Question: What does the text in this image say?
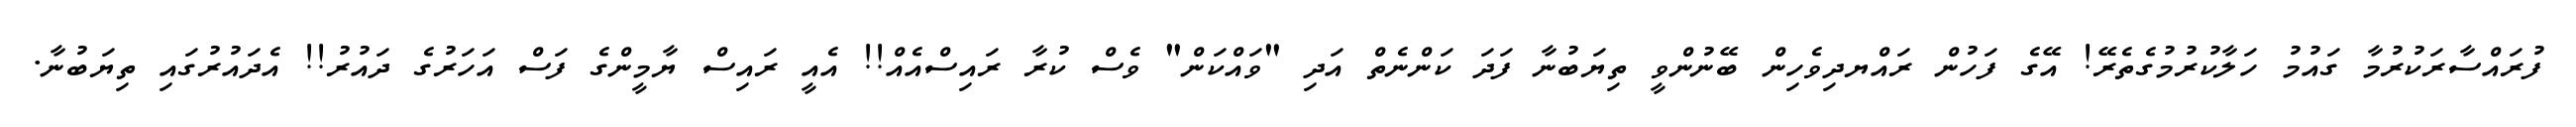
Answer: ފުރައްސާރަކުރުމާ ގައުމު ހަލާކުރުމުގެތެރޭ! އޭގެ ފަހުން ރައްޔދިވެހިން ބޭނުންވީ ތިޔަބުނާ ފަދަ ކަންނެތް އަދި "ވައްކަން" ވެސް ކުރާ ރައިސްއެއް!! އެއީ ރައިސް ޔާމީންގެ ފަސް އަހަރުގެ ދައުރު!! އެދައުރުގައި ތިޔަބުނާ.